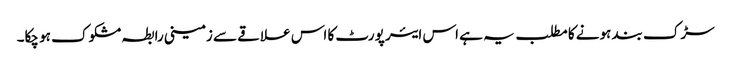
سڑک بند ہونے کا مطلب یہ ہے اس ایئر پورٹ کا اس علاقے سے زمینی رابطہ مشکوک ہو چکا۔